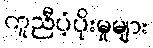
ကူညီပံ့ပိုးမှုများ